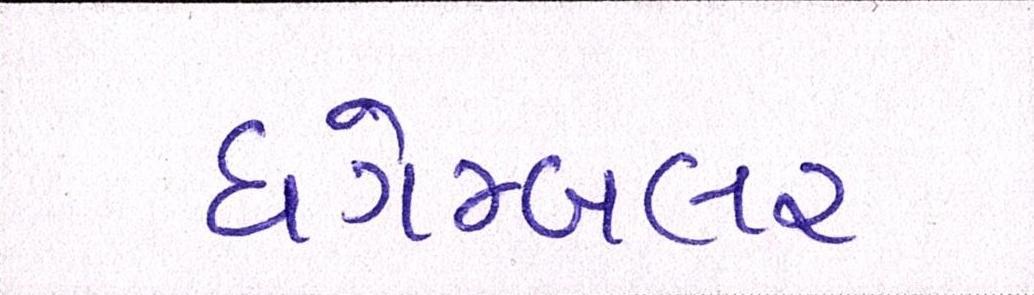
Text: ધગેમ્બલર